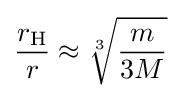
{\frac {r_{\mathrm {H} }}{r}}\approx {\sqrt[{3}]{\frac {m}{3M}}}